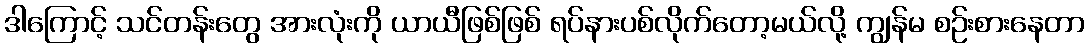
ဒါကြောင့် သင်တန်းတွေ အားလုံးကို ယာယီဖြစ်ဖြစ် ရပ်နားပစ်လိုက်တော့မယ်လို့ ကျွန်မ စဉ်းစားနေတာ